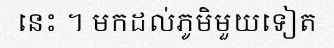
នេះ ។ មកដល់ភូមិមួយទៀត